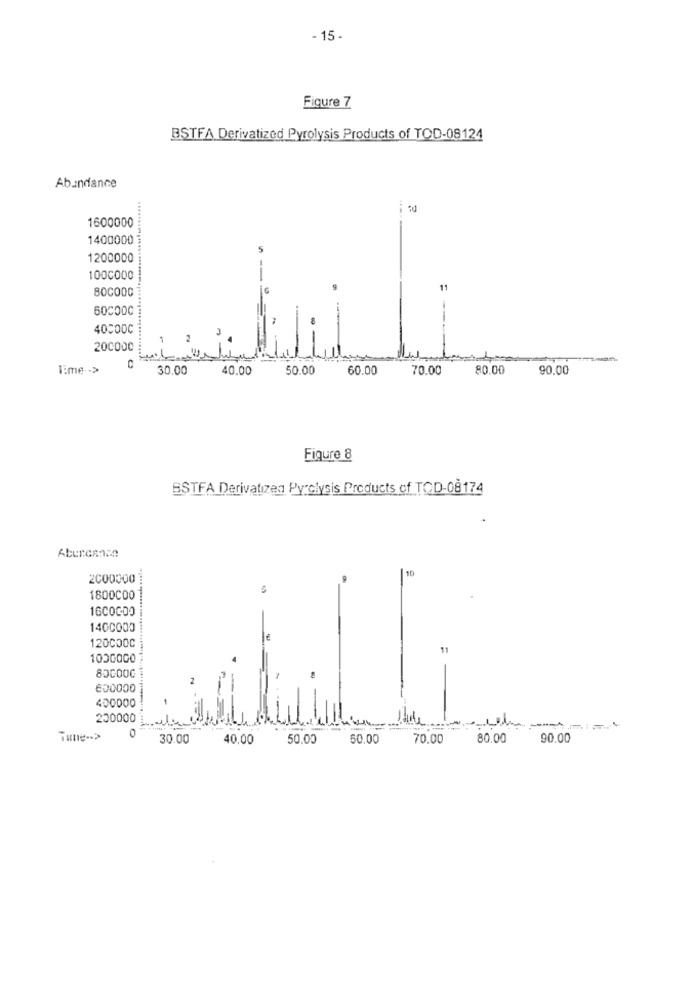
- 15
Figure 7
BSTFA Derivatized Pyrolysis Products of TOD-08124
Abundance
i to
1600000
1400000
5
1200000
1000000
80COOG
11
600000
--
40000C
200000
Time .- >
30.00
40.00
50.00
60.00
70.00
80.00
90,00
Figure 8
BSTFA Derivatizen Pyrolysis Products of TOD-08174
Aburcanan
10
2000300
5
1800C00
1600000
1400000
1200000
1000000
80COOG
600000
400000
200000
0
30.00
40.00
50.00
50.00
70.00
80.00
90.00